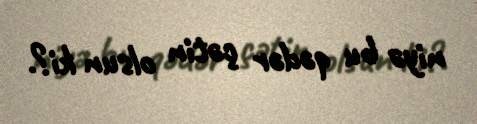
niyə bu qədər çətin olsun ki?.